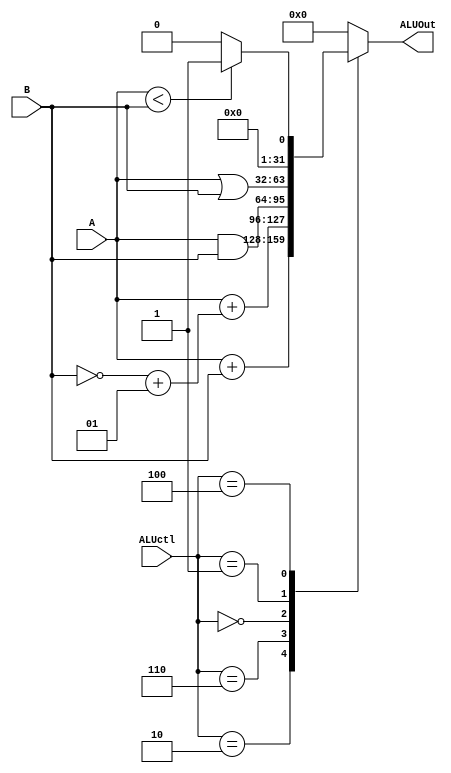
module ALU (
    input [3:0] ALUctl,
    input signed [31:0] A,B,
    output reg signed [31:0] ALUOut
);
    // ALU has two operand, it execute different operator based on ALUctl wire 
    // output zero is for determining taking branch or not (or you can change the design as you wish)

    // TODO: implement your ALU here
    // Hint: you can use operator to implement

    always @(*) begin
        case (ALUctl)
            // ADD
            4'b0010: ALUOut = A + B;
            // SUB
            4'b0110: ALUOut = A + (~B + 1);
            // AND
            4'b0000: ALUOut = A & B;
            // OR
            4'b0001: ALUOut = A | B;
            // SLT
            4'b0100: begin
                if (A < B) ALUOut = 1;
                else ALUOut = 0;
            end
            default: ALUOut = 0;
        endcase
    end
    
endmodule